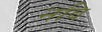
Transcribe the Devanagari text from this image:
नवि